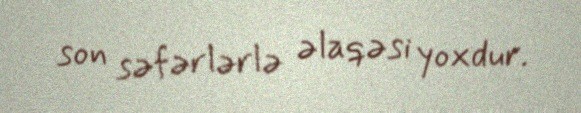
son səfərlərlə əlaqəsi yoxdur.